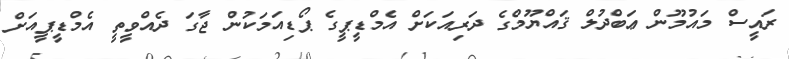
ރައީސް މައުމޫން ޢަބްދުލް ޤައްޔޫމްގެ ދަރިއަކަށް އެމްޑީޕީގެ ޕޯޑިއަމަކުން ޖާގަ ދެއްވީތީ އެމްޑީޕީއަށް